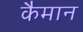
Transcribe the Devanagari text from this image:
कैमान